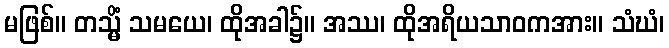
မဖြစ်။ တသ္မိံ သမယေ၊ ထိုအခါ၌။ အဿ၊ ထိုအရိယသာဝကအား။ သံဃံ၊